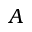
A